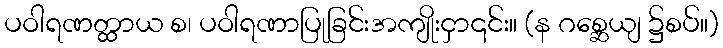
ပဝါရဏတ္ထာယ စ၊ ပဝါရဏာပြုခြင်းအကျိုးငှာ၎င်း။ (န ဂစ္ဆေယျ ၌စပ်။)